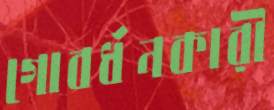
গোবর্ধনকারী